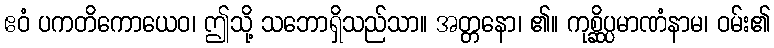
ဧဝံ ပကတိကောယေဝ၊ ဤသို့ သဘောရှိသည်သာ။ အတ္တနော၊ ၏။ ကုစ္ဆိပ္ပမာဏံနာမ၊ ဝမ်း၏